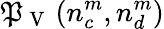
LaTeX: \mathfrak{P}_{\mathrm{{~V~}}}\left(n_{c}^{m},n_{d}^{m}\right)